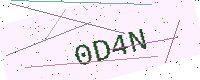
Text: 0D4N